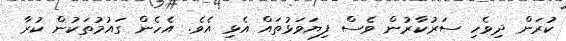
ކުރަން ދިވެހި ސަރުކާރުން ވެސް ފިޔަވަޅުތައް އެޅި އެވެ. އެހެން ގައުމުތަކުން ކުރާ